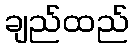
ချည်ထည်